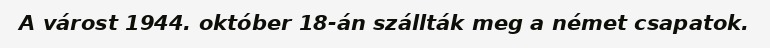
A várost 1944. október 18-án szállták meg a német csapatok.